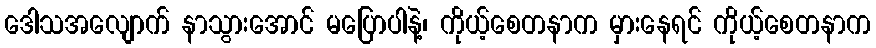
ဒေါသအလျောက် နာသွားအောင် မပြောပါနဲ့၊ ကိုယ့်စေတနာက မှားနေရင် ကိုယ့်စေတနာက